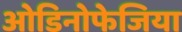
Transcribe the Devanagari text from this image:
ओडिनोफेजिया